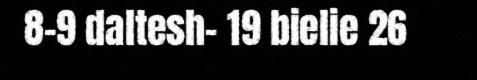
8-9 daltesh– 19 bielie 26